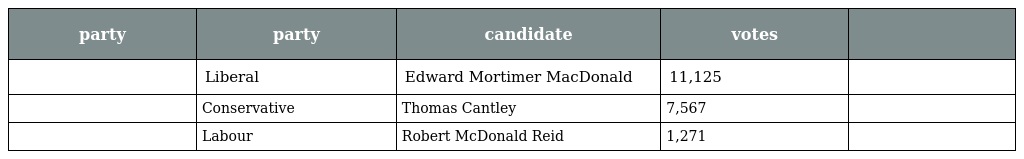
| party | party | candidate | votes |  |
 | --- | --- | --- | --- | --- |
 |  | Liberal | Edward Mortimer MacDonald | 11,125 |  |
 |  | Conservative | Thomas Cantley | 7,567 |  |
 |  | Labour | Robert McDonald Reid | 1,271 |  |